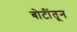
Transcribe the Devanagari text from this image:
बोटींतून